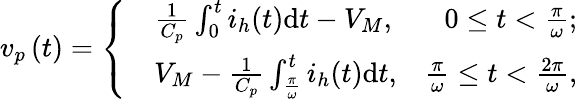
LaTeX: {v_{p}}\left(t\right)=\left\{ \begin{array}{rlr}&{\frac{1}{C_{p}}\int_{0}^{t}i_{h}(t)\mathrm{d}t-{V_{M}},}&{0\le t<\frac{\pi}{\omega};}\\ &{{V_{M}}-\frac{1}{C_{p}}\int_{\frac{\pi}{\omega}}^{t}i_{h}(t)\mathrm{d}t,}&{\frac{\pi}{\omega}\le t<\frac{2\pi}{\omega},}\end{array}\right.